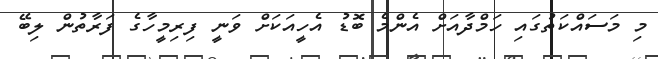
މި މަސައްކަތުގައި ހަމްދާއަށް އެންމެ ބޮޑު އެހީއަކަށް ވަނީ ފިރިމީހާގެ ފަރާތުން ލިބޭ